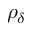
\rho _ { \delta }